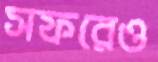
সফরেও